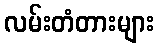
လမ်းတံတားများ